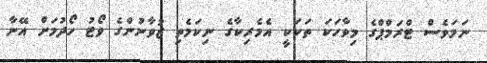
ނަމަވެސް ޓްރަމްޕްގެ މިވާހަކަ ތަކަކީ އެމެރިކާގެ ނިކަމެތި ޒުވާނުންގެ ވޯޓު ހޯދުމަށް އޭނާ